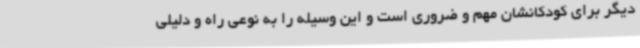
دیگر برای کودکانشان مهم و ضروری است و این وسیله را به نوعی راه و دلیلی